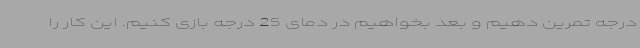
درجه تمرین دهیم و بعد بخواهیم در دمای 25 درجه بازی کنیم. این کار را